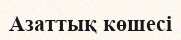
Азаттық көшесі